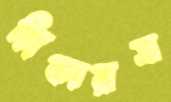
স্লিকারস